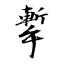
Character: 㨻